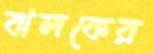
ঝলকের